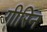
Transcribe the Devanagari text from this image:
गीरिन